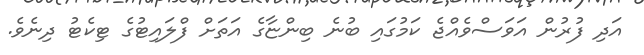
އަދި ފުރުން އަވަސްވެއްޖެ ކަމުގައި ބުނެ ބިންޏާގެ އަތަށް ފްލައިޓުގެ ޓިކެޓު ދިނެވެ.